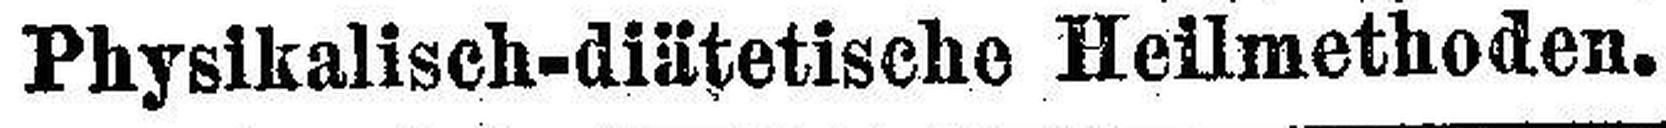
Physikalisch-diätetische Heilmethoden.